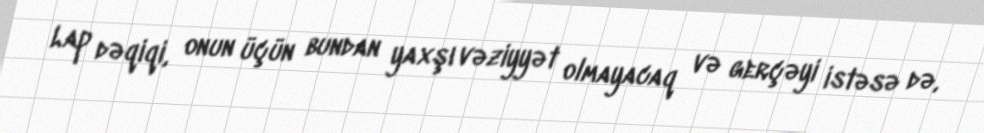
Lap dəqiqi, onun üçün bundan yaxşı vəziyyət olmayacaq və gerçəyi istəsə də,